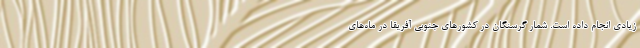
زیادی انجام داده است. شمار گرسنگان در کشورهای جنوبی آفریقا در ماه‌های